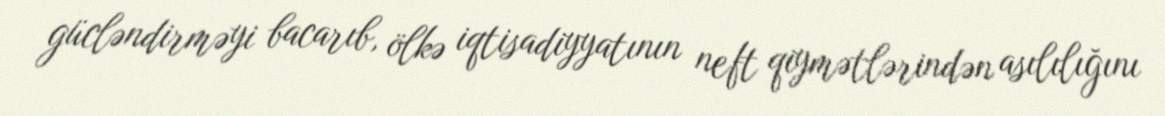
gücləndirməyi bacarıb, ölkə iqtisadiyyatının neft qiymətlərindən asılılığını